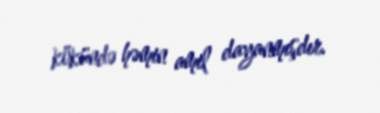
kökündə həmin amil dayanmışdır.